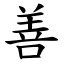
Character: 善